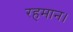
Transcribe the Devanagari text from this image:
रहमान।